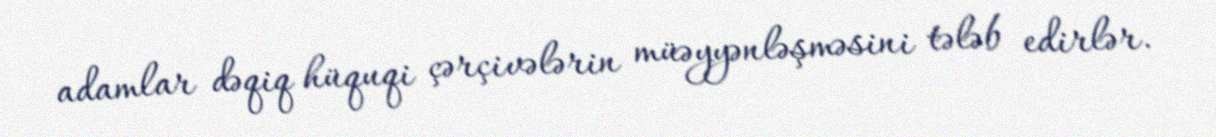
adamlar dəqiq hüquqi çərçivələrin müəyyənləşməsini tələb edirlər.